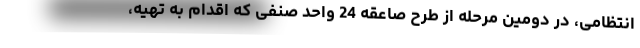
انتظامی، در دومین مرحله از طرح صاعقه 24 واحد صنفی که اقدام به تهیه،